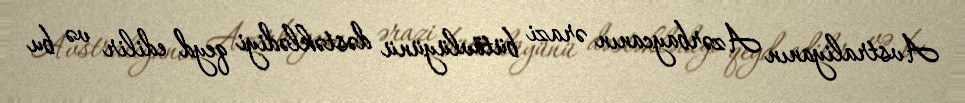
Avstraliyanın Azərbaycanın ərazi bütövlüyünü dəstəklədiyi qeyd edilir və bu